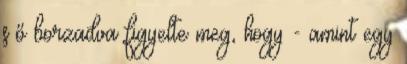
s ő borzadva figyelte meg, hogy - amint egy